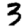
Digit: 3